Leaving Certificate Examination, 1924
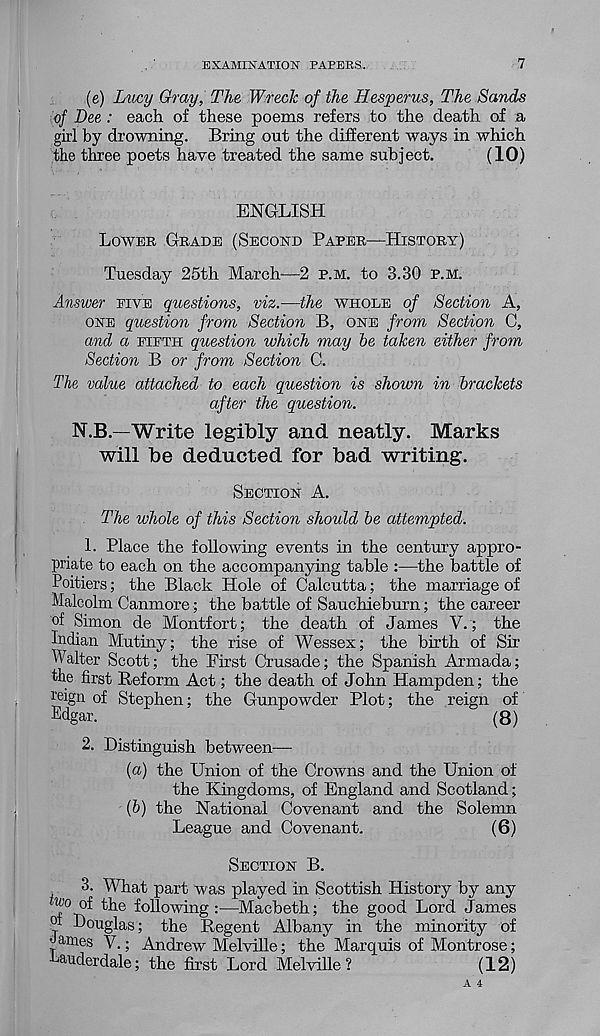
EXAMINATION FABERS.
7
(e) Lucy Gray, The Wreck of the Hesperus, The Sands
of Dee : each of these poems refers to the death of a
girl by drowning. Bring out the different ways in which
the three poets have treated the same subject.
(10)
ENGLISH
LOWER GRADE (SECOND PAPER—HISTORY)
Tuesday 25th March—2 P.M. to 3.30 P.M.
Answer EIVE questions, viz.—the WHOLE of Section A,
ONE question from Section B, ONE from Section C,
and a FIFTH question which may be taken either from
Section B or from Section C.
The value attached to each question is shown in brackets
after the question.
N.B.—Write legibly and neatly. Marks
will be deducted for bad writing.
SECTION A.
The whole of this Section should be attempted.
1. Place the following events in the century appro-
priate to each on the accompanying table :—the battle of
Poitiers; the Black Hole of Calcutta; the marriage of
Malcolm Canmore; the battle of Sauchieburn; the career
of Simon de Montfort; the death of James V.; the
Indian Mutiny; the rise of Wessex; the birth of Sir
Walter Scott; the First Crusade; the Spanish Armada;
the first Reform Act; the death of John Hampden; the
(oign of Stephen; the Gunpowder Plot; the reign of
Edgar.
(8)
2. Distinguish between—
(a) the Union of the Crowns and the Union of
the Kingdoms, of England and Scotland;
{b) the National Covenant and the Solemn
League and Covenant.
(6)
SECTION B.
3.
What part was played in Scottish His
two of the following :—Macbeth; the good Lord James
Douglas; the Regent Albany in the minority of
of
James V.; Andrew Melville; the Marquis of Montrose;
Lauderdale; the first Lord Melville?
(12)